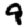
Digit: 9